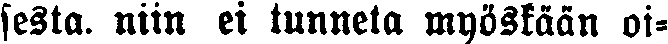
festa. niin ei tunneta myöskään oi-